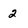
Character: 2